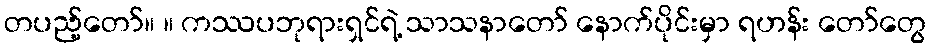
တပည့်တော်။ ။ ကဿပဘုရားရှင်ရဲ့ သာသနာတော် နောက်ပိုင်းမှာ ရဟန်း တော်တွေ